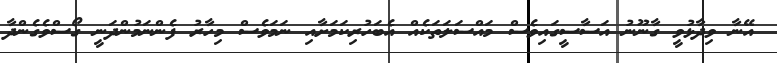
އޭނާ ވިދާޅުވީ ގާނޫނު އަސާސީގައިވެސް މައްސަލަތަކެއް އެބަހުރިކަމަށާއި ނަމަވެސް މިހާރު ފެންނަމުންދަނީ ގޯސްވެގެންދާ